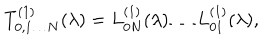
T _ { 0 , 1 \dots N } ^ { ( 1 ) } ( \lambda ) = L _ { 0 N } ^ { ( 1 ) } ( \lambda ) \dots L _ { 0 1 } ^ { ( 1 ) } ( \lambda ) ,